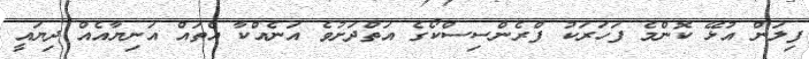
ފިލަން އުޅޭ ކޮންމެ ފަހަރަކު ފްރެންސިސްކޯގެ އަތްދަށުވެ އަނެއްކާ އެތައް އަނިޔާއެއް ދިޔައީ